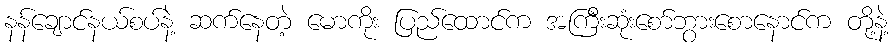
နန်ချောင်နယ်စပ်နဲ့ ဆက်နေတဲ့ မောကိုး ပြည်ထောင်က အကြီးဆုံးစော်ဘွားစောနောင်က တို့နဲ့